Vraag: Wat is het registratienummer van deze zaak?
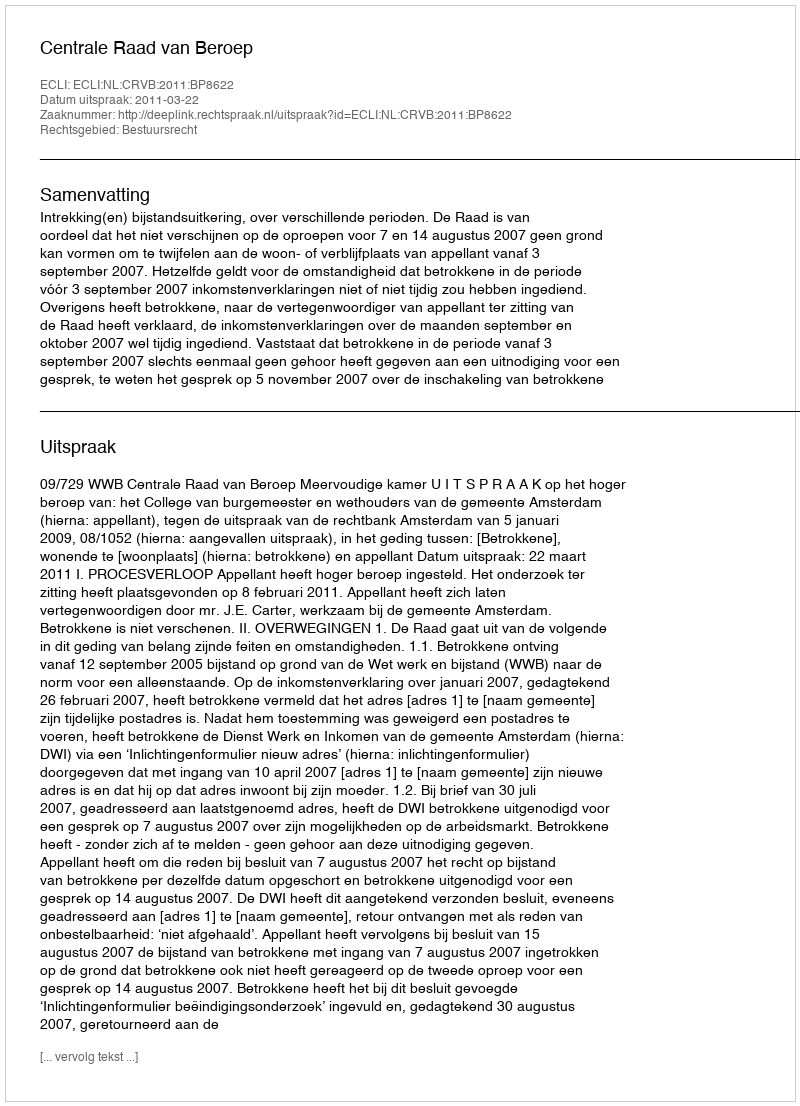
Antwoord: http://deeplink.rechtspraak.nl/uitspraak?id=ECLI:NL:CRVB:2011:BP8622